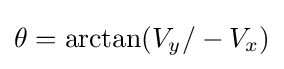
\theta =\arctan(V_{y}/-V_{x})